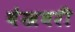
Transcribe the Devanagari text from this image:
बेखबरी